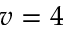
v = 4